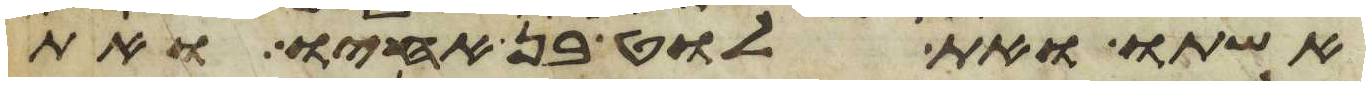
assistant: אשתו ואת לוט בן אחיו ואת